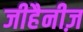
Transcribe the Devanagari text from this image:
जीहैनीज़